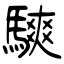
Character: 騻